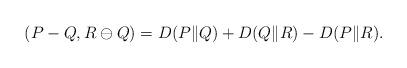
LaTeX: \begin{align*}(P-Q,R\ominus Q)=D(P\|Q)+D(Q\|R)-D(P\|R).\end{align*}